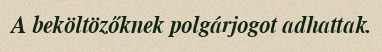
A beköltözőknek polgárjogot adhattak.